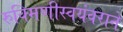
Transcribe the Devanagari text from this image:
रुक्मिणीस्वयंवराने